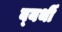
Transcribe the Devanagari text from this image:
व्‍यर्थी